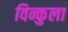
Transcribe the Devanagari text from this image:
विन्कुला